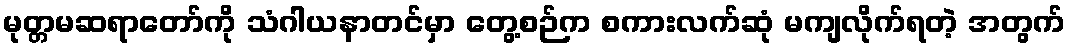
မုတ္တမဆရာတော်ကို သံဂါယနာတင်မှာ တွေ့စဉ်က စကားလက်ဆုံ မကျလိုက်ရတဲ့ အတွက်